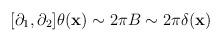
LaTeX: \begin{align*}[\partial_1,\partial_2]\theta({\bf x})\sim 2\pi B \sim 2\pi\delta({\bf x})\end{align*}